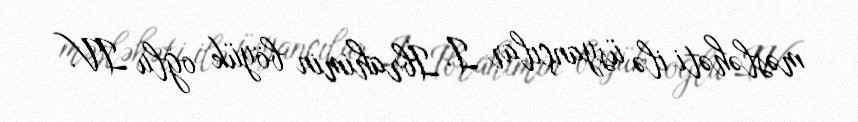
məsləhəti ilə üsyançılar I. İbrahimin böyük oğlu IV.